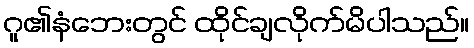
ဂူ၏နံဘေးတွင် ထိုင်ချလိုက်မိပါသည်။